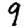
Digit: 9